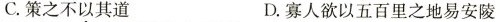
C.策之不以其道 D.寡人欲以五百里之地易安陵